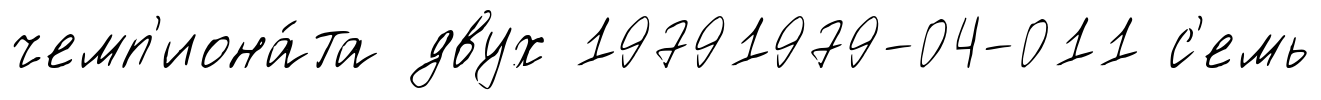
чемп'иона́та двух 19791979-04-011 с'емь